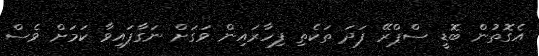
އެގޮތުން ބޮޑީ ސްޕްރޭ ފަދަ ތަކެތި ފިހާރައިން ވަގަށް ނަގާފައިވާ ކަމަށް ވެސް